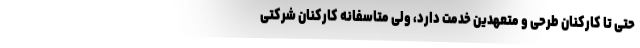
حتی تا کارکنان طرحی و متعهدین خدمت دارد، ولی متاسفانه کارکنان شرکتی